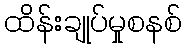
ထိန်းချုပ်မှုစနစ်